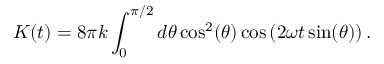
K ( t ) = 8 \pi k \int _ { 0 } ^ { \pi / 2 } d \theta \cos ^ { 2 } ( \theta ) \cos \left( 2 \omega t \sin ( \theta ) \right) .